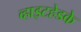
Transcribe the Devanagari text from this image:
व्हाइटहेडके